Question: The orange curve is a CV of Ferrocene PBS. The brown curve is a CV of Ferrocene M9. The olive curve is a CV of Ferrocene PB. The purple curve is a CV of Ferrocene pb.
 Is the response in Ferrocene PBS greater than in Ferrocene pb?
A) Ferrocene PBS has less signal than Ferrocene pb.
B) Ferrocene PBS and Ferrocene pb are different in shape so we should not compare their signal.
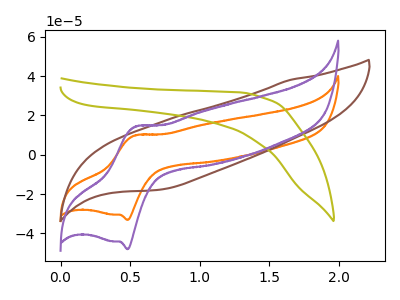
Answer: <think>The orange curve "Ferrocene PBS" has an anodic peak at (0.55V, 9.85uA) and a cathodic peak at (0.50V, -33.20uA). The brown curve "Ferrocene M9" has no peaks. The olive curve "Ferrocene PB" has no peaks. The purple curve "Ferrocene pb" has an anodic peak at (0.55V, 14.25uA) and a cathodic peak at (0.50V, -48.10uA).
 All the peaks in "Ferrocene PBS" have a peak in "Ferrocene pb" at the same potential. Every peak in "Ferrocene PBS" is lower than every peak in "Ferrocene pb".</think>
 <answer>A) "Ferrocene PBS" has less signal than "Ferrocene pb".</answer>
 <eval>A</eval>